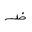
Letter: _za